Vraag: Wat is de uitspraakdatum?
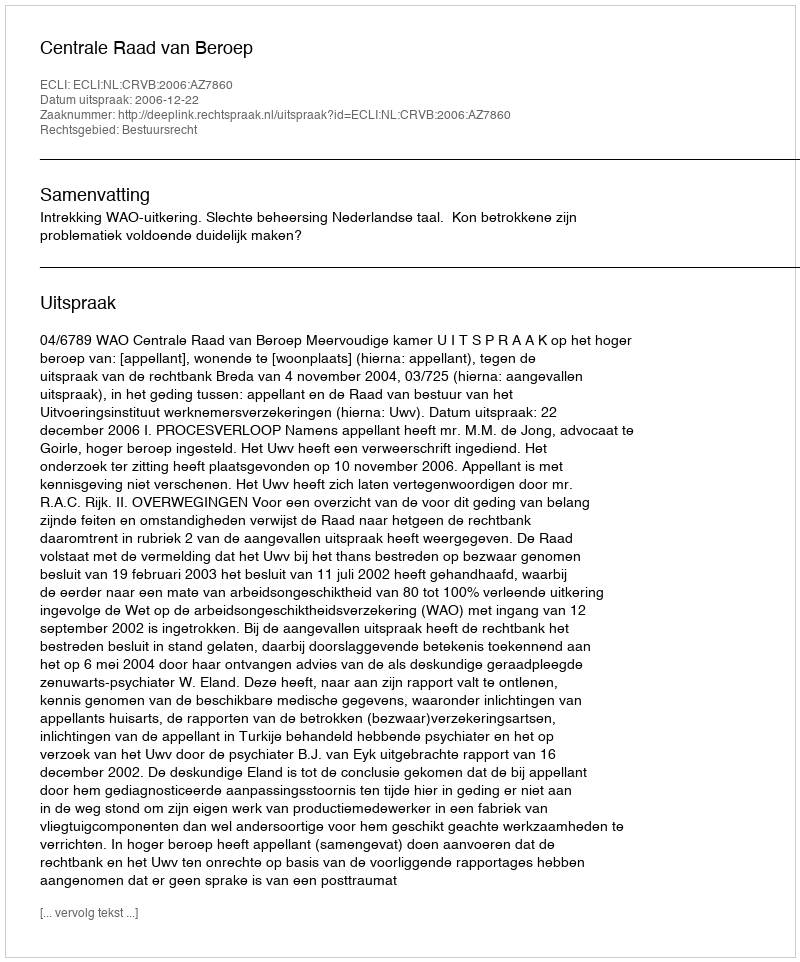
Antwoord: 2006-12-22